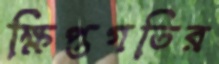
ক্ষিপ্তগতির